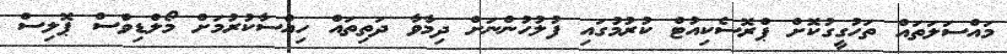
މައްސަލަތައް ތަހުގީގުކޮށް ޕްރޮސެކިއުޓް ކުރުމުގައި ފުލުހުންނަށް ދިމާވާ ދަތިތައް ހިއްސާކުރުމަށް މޯލްޑިވްސް ޕޮލިސް